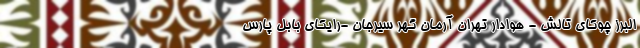
البرز چوکای تالش - هوادار تهران آرمان گهر سیرجان -رایکای بابل پارس